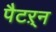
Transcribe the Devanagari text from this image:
पैटऱ्न